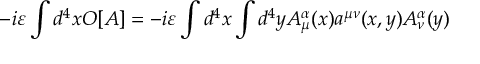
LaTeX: - i \varepsilon \int d ^ { 4 } x O [ A ] = - i \varepsilon \int d ^ { 4 } x \int d ^ { 4 } y A _ { \mu } ^ { \alpha } ( x ) a ^ { \mu \nu } ( x , y ) A _ { \nu } ^ { \alpha } ( y )